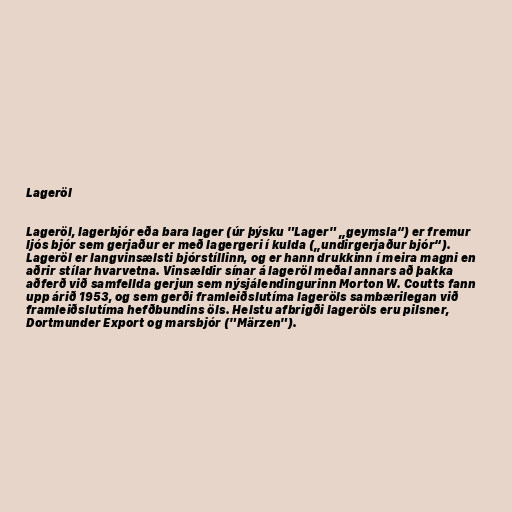
Lageröl

Lageröl, lagerbjór eða bara lager (úr þýsku "Lager" „geymsla“) er fremur
ljós bjór sem gerjaður er með lagergeri í kulda („undirgerjaður bjór“).
Lageröl er langvinsælsti bjórstíllinn, og er hann drukkinn í meira magni en
aðrir stílar hvarvetna. Vinsældir sínar á lageröl meðal annars að þakka
aðferð við samfellda gerjun sem nýsjálendingurinn Morton W. Coutts fann
upp árið 1953, og sem gerði framleiðslutíma lageröls sambærilegan við
framleiðslutíma hefðbundins öls. Helstu afbrigði lageröls eru pilsner,
Dortmunder Export og marsbjór ("Märzen").